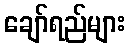
ချော်ရည်များ